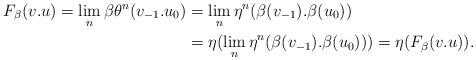
LaTeX: \begin{align*}F_\beta(v.u) = \lim_n \beta \theta^n(v_{-1}.u_0) &= \lim_n \eta^n(\beta(v_{-1}).\beta(u_0)) \\&=\eta( \lim_n \eta^n(\beta(v_{-1}).\beta(u_0))) = \eta(F_\beta(v.u)).\end{align*}